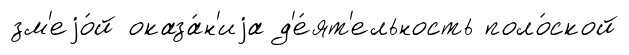
зм'еjо́й оказа́н'иjа д'е́ят'ельность поло́ской